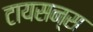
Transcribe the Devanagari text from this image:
टायसन्स